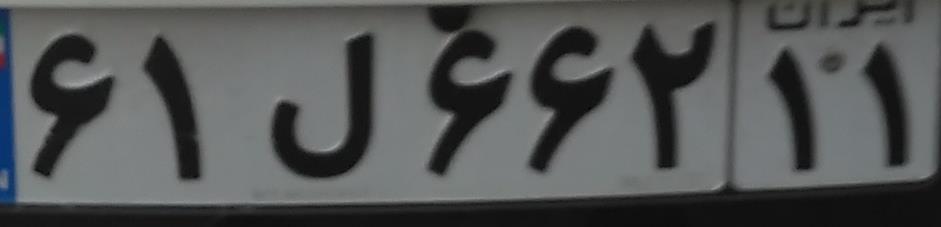
۶۱ل۶۶۲۱۱